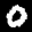
Label: 0